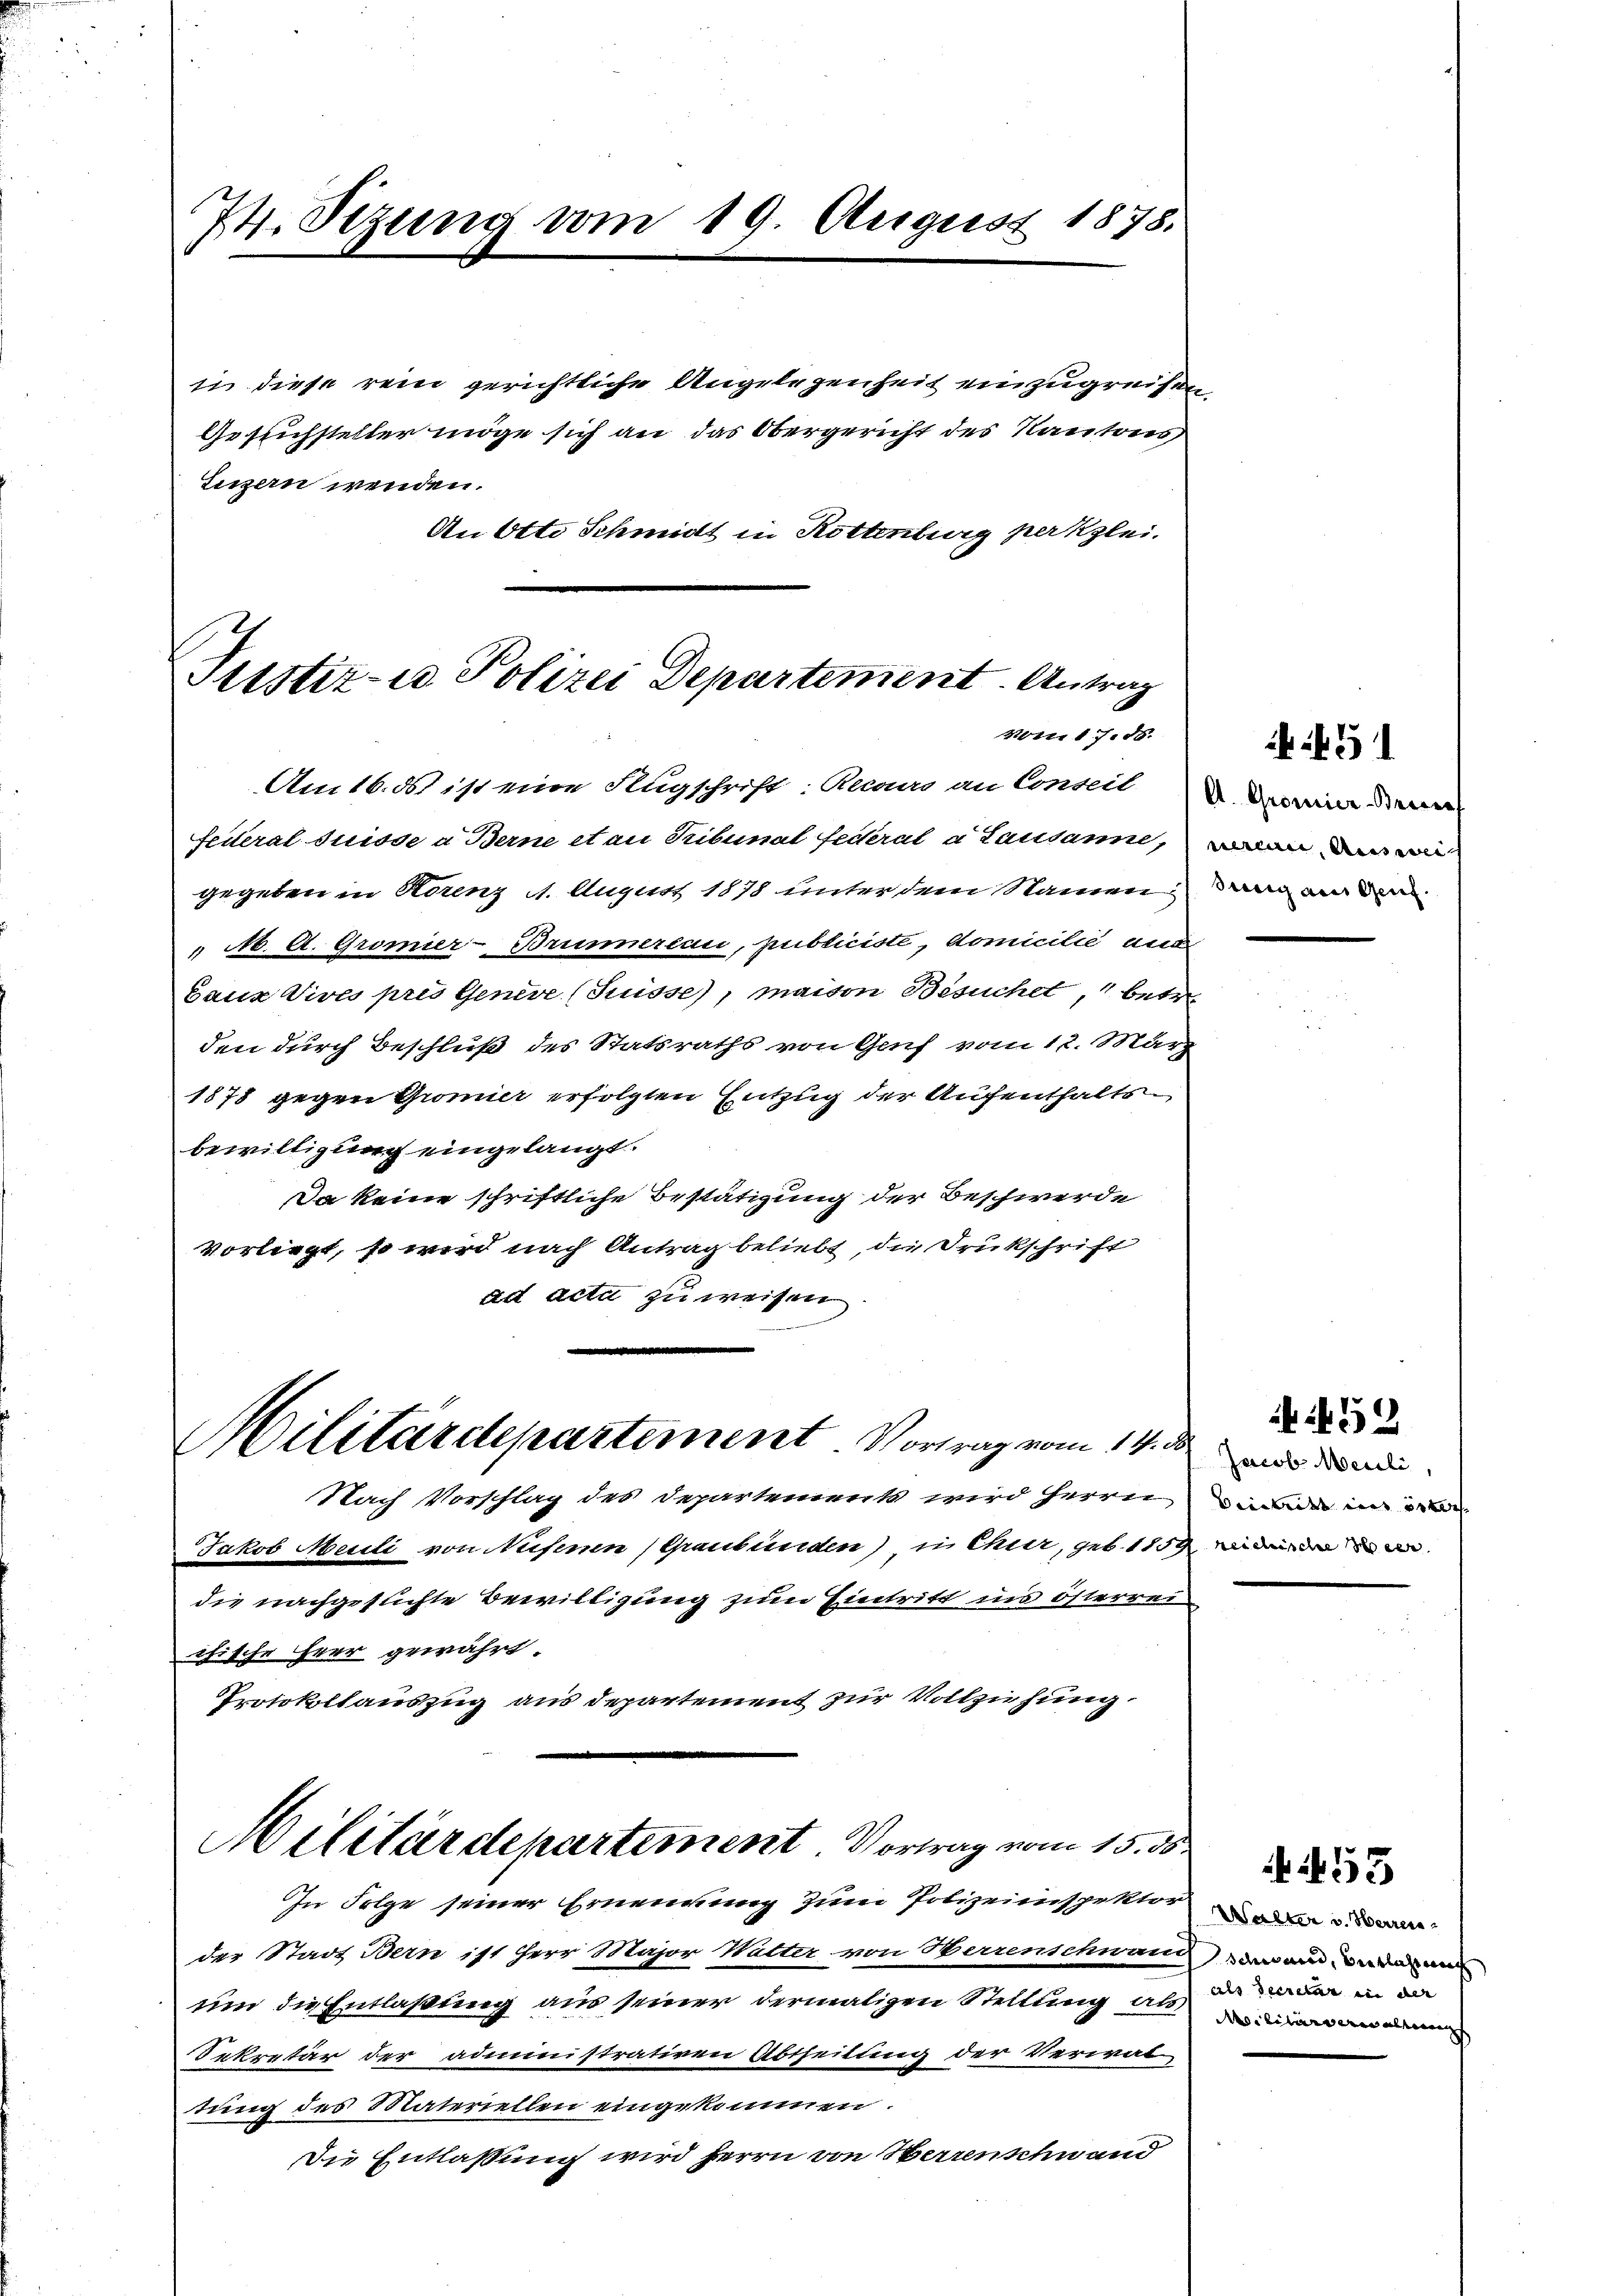
74. Sizung vom 19. August 1878.

in diese rein gerichtliche Angelegenheit einzugreifen
Gesuchsteller möge sich an das Obergericht des Kantons
Luzern wenden.
An Otto Schmidt in Rottenburg perkzlei.

Justiz- u. Polizei Departement. Antrag
vom 17. ds.

Am 16. ds ist eine Augschrift: Recours an Conseil
feiteral Suisse a Berne et au Tribunal Federal a Lausanne,
gegeben in Horenz 1. August 1878 unter dem Namen dann an den
"N. A. Gromier-Brunnereau, publiciste, domicilie aus
bauz Vives pris Genere (Suisse), maison Besuchet, betr.
den durch Beschluß des Statsraths von Genf vom 12. März
1878 gegen Gromier erfolgten Entzug der Aufenthaltsbewilligung eingelangt.
Da keine schriftliche Bestätigung der Beschwerde
vorliegt, so wird nach Antrag beliebt, die Drukschrift
ad acta zu weisen
Hilitärdepartement Vortrag vom 14. d.
Nach Vorschlag des Departement wird Herrn inden in
Jakob Menti von Nesenen (Graubünden) in Mir, geb. 1859, der
die nachgesuchte Bewilligung zum Eintritt ins österreichische Herr gewährt.
Protokollauszug aus Departement zur Vollziehung
Militärdepartement. Vortrag vom 15. 35

In Folge seiner Ernennung zum Polizeinspektorin an

der Stadt Bern ist Herr Major Walter, von Herrenschwann dann in der mi
um die Entlaßung aus seiner dermaligen Stellung ich in in
Dekretär der administrativen Abtheilung der Verwal
tung des Materiellen eingekommen.
Die Entlassung wird Herrn von Herrenschwand

A. Gromier-Bravsef

f. 5

Jacob Meili,

ib. f. 59

Militärs an allen

55